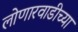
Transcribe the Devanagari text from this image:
लोणारवाडीच्या